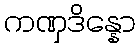
ကဏှဒိန္နော